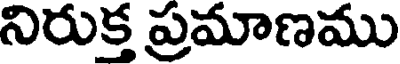
నిరుక్త ప్రమాణము